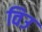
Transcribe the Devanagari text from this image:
विउ